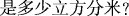
是多少立方分米?